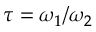
\tau = \omega _ { 1 } / \omega _ { 2 }